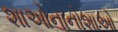
શાઓનાનોશાઓ